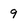
Character: 9